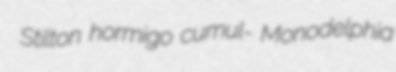
Stilton hormigo cumul- Monodelphia